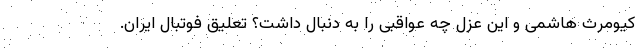
کیومرث هاشمی و این عزل چه عواقبی را به دنبال داشت؟ تعلیق فوتبال ایران.